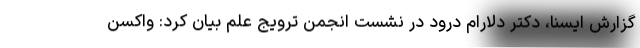
گزارش ایسنا، دکتر دلارام درود در نشست انجمن ترویج علم بیان کرد: واکسن